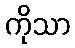
ကိုသာ